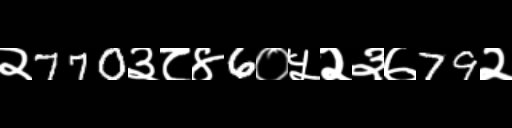
Text: २770३८४6०५२३७79२